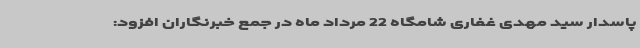
پاسدار سید مهدی غفاری شامگاه 22 مرداد ماه در جمع خبرنگاران افزود: